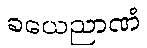
ခယေညာဏံ